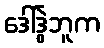
ဒေါ်ဒွဲဘူက